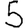
Digit: 5